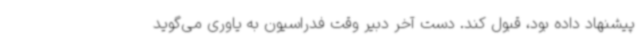
پیشنهاد داده بود، قبول کند. دست آخر دبیر وقت فدراسیون به یاوری می‌گوید